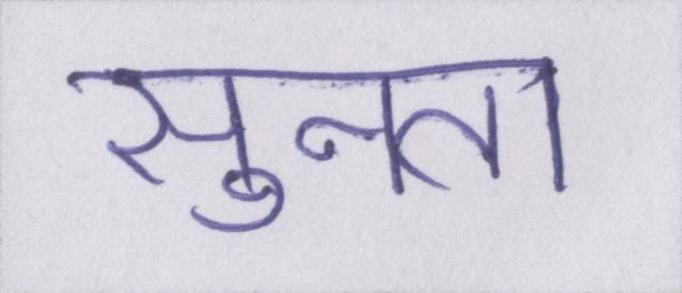
सुनता